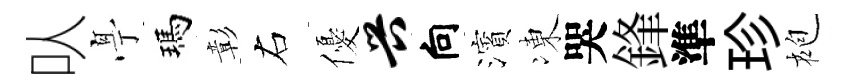
㕥𠅘瑪彰右優兴向濱凍哭鋒準珍袍